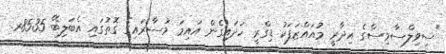
"ސިވިލްސާވިސްގެ އިދާރީ މުއައްޒަފަކު ޑިގްރީ ހަދައިގެން އައިމަ މުސާރައިގެ ގޮތުގައި އެބަލިބޭ 8535ރ.